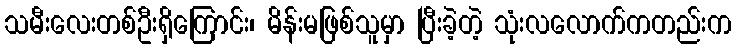
သမီးလေးတစ်ဦးရှိကြောင်း၊ မိန်းမဖြစ်သူမှာ ပြီးခဲ့တဲ့ သုံးလလောက်ကတည်းက